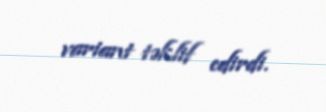
variant təklif edirdi.